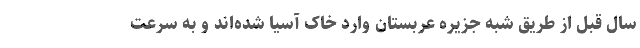
سال قبل از طریق شبه جزیره عربستان وارد خاک آسیا شده‌اند و به سرعت